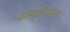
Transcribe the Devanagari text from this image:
वर्तणुकीकरिता